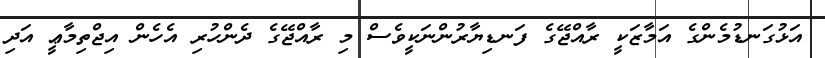
އަޅުގަނޑުމެންގެ އަމާޒަކީ ރާއްޖޭގެ ފަނޑިޔާރުންނަކީވެސް މި ރާއްޖޭގެ ދެންހުރި އެހެން އިޖްތިމާޢީ އަދި